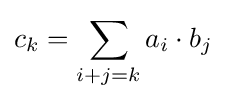
c_{k}=\sum _{i+j=k}a_{i}\cdot b_{j}